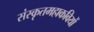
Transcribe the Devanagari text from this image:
संस्कृतमहाकवियों